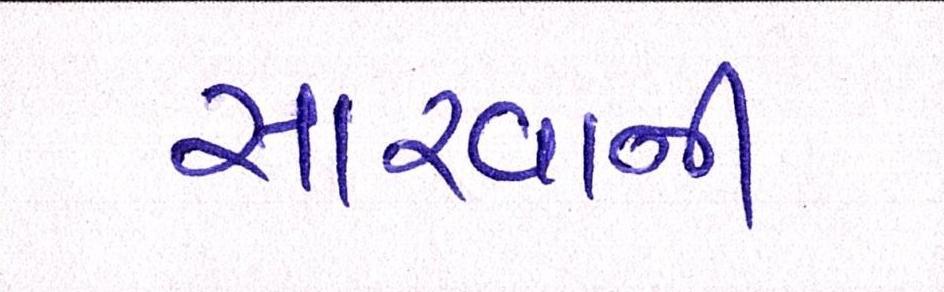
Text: સારવાની